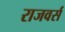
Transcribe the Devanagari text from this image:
राजवर्स